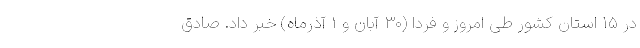
در ۱۵ استان کشور طی امروز و فردا (۳۰ آبان و ۱ آذرماه) خبر داد. صادق